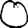
Digit: 0